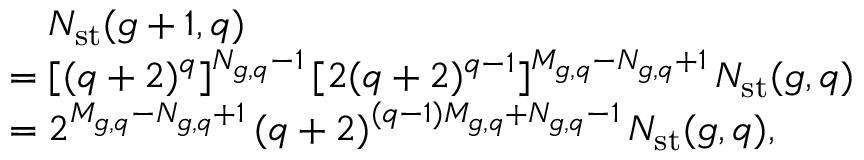
\begin{array} { r l } & { \quad N _ { \mathrm { s t } } ( g + 1 , q ) } \\ & { = [ ( q + 2 ) ^ { q } ] ^ { N _ { g , q } - 1 } \, [ 2 ( q + 2 ) ^ { q - 1 } ] ^ { M _ { g , q } - N _ { g , q } + 1 } \, N _ { \mathrm { s t } } ( g , q ) } \\ & { = 2 ^ { M _ { g , q } - N _ { g , q } + 1 } \, { ( q + 2 ) } ^ { ( q - 1 ) M _ { g , q } + N _ { g , q } - 1 } \, N _ { \mathrm { s t } } ( g , q ) , } \end{array}